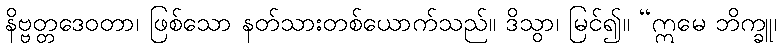
နိဗ္ဗတ္တဒေဝတာ၊ ဖြစ်သော နတ်သားတစ်ယောက်သည်။ ဒိသွာ၊ မြင်၍။ “ဣမေ ဘိက္ခူ၊